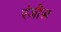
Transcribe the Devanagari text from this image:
रंजीस